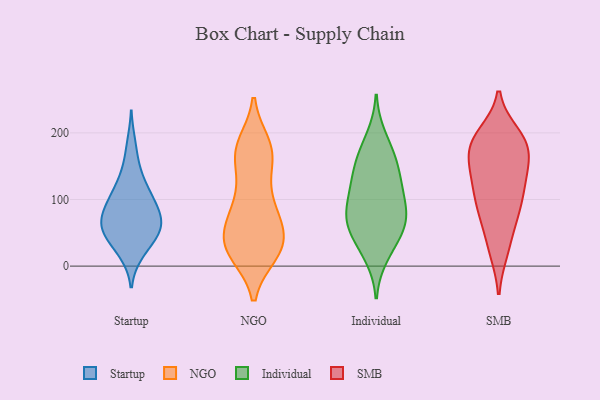
{"axis": {"x": "Temperature (°C)", "y": "Value"}, "legend": ["Individual", "NGO", "SMB", "Startup"], "data": [{"x": "", "y": 116, "type": "Startup"}, {"x": "", "y": 84, "type": "Startup"}, {"x": "", "y": 153, "type": "Startup"}, {"x": "", "y": 50, "type": "Startup"}, {"x": "", "y": 18, "type": "Startup"}, {"x": "", "y": 79, "type": "Startup"}, {"x": "", "y": 19, "type": "Startup"}, {"x": "", "y": 55, "type": "Startup"}, {"x": "", "y": 49, "type": "Startup"}, {"x": "", "y": 76, "type": "Startup"}, {"x": "", "y": 40, "type": "Startup"}, {"x": "", "y": 110, "type": "Startup"}, {"x": "", "y": 95, "type": "Startup"}, {"x": "", "y": 104, "type": "Startup"}, {"x": "", "y": 63, "type": "Startup"}, {"x": "", "y": 77, "type": "Startup"}, {"x": "", "y": 49, "type": "Startup"}, {"x": "", "y": 60, "type": "Startup"}, {"x": "", "y": 132, "type": "Startup"}, {"x": "", "y": 184, "type": "Startup"}, {"x": "", "y": 169, "type": "NGO"}, {"x": "", "y": 24, "type": "NGO"}, {"x": "", "y": 109, "type": "NGO"}, {"x": "", "y": 181, "type": "NGO"}, {"x": "", "y": 167, "type": "NGO"}, {"x": "", "y": 73, "type": "NGO"}, {"x": "", "y": 162, "type": "NGO"}, {"x": "", "y": 21, "type": "NGO"}, {"x": "", "y": 32, "type": "NGO"}, {"x": "", "y": 33, "type": "NGO"}, {"x": "", "y": 31, "type": "NGO"}, {"x": "", "y": 60, "type": "NGO"}, {"x": "", "y": 104, "type": "NGO"}, {"x": "", "y": 75, "type": "NGO"}, {"x": "", "y": 170, "type": "NGO"}, {"x": "", "y": 84, "type": "NGO"}, {"x": "", "y": 20, "type": "NGO"}, {"x": "", "y": 46, "type": "NGO"}, {"x": "", "y": 26, "type": "NGO"}, {"x": "", "y": 177, "type": "NGO"}, {"x": "", "y": 87, "type": "Individual"}, {"x": "", "y": 156, "type": "Individual"}, {"x": "", "y": 119, "type": "Individual"}, {"x": "", "y": 76, "type": "Individual"}, {"x": "", "y": 16, "type": "Individual"}, {"x": "", "y": 57, "type": "Individual"}, {"x": "", "y": 116, "type": "Individual"}, {"x": "", "y": 69, "type": "Individual"}, {"x": "", "y": 151, "type": "Individual"}, {"x": "", "y": 55, "type": "Individual"}, {"x": "", "y": 167, "type": "Individual"}, {"x": "", "y": 193, "type": "Individual"}, {"x": "", "y": 31, "type": "Individual"}, {"x": "", "y": 75, "type": "Individual"}, {"x": "", "y": 120, "type": "Individual"}, {"x": "", "y": 186, "type": "SMB"}, {"x": "", "y": 23, "type": "SMB"}, {"x": "", "y": 101, "type": "SMB"}, {"x": "", "y": 91, "type": "SMB"}, {"x": "", "y": 70, "type": "SMB"}, {"x": "", "y": 181, "type": "SMB"}, {"x": "", "y": 133, "type": "SMB"}, {"x": "", "y": 59, "type": "SMB"}, {"x": "", "y": 197, "type": "SMB"}, {"x": "", "y": 151, "type": "SMB"}, {"x": "", "y": 129, "type": "SMB"}, {"x": "", "y": 190, "type": "SMB"}, {"x": "", "y": 105, "type": "SMB"}, {"x": "", "y": 146, "type": "SMB"}, {"x": "", "y": 174, "type": "SMB"}, {"x": "", "y": 143, "type": "SMB"}, {"x": "", "y": 23, "type": "SMB"}, {"x": "", "y": 89, "type": "SMB"}, {"x": "", "y": 191, "type": "SMB"}, {"x": "", "y": 182, "type": "SMB"}]}